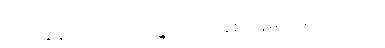
ဟာ၊ ကျွန်တော့်ကိုတော့ခွင့်ပြုပါ။ အစာအိမ်ကမကောင်းလို့။